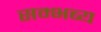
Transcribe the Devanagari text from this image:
सम्भब्य